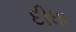
દીધા